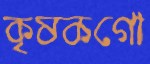
কৃষকগো